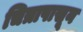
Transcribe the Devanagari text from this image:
चित्रापासून